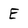
Character: E